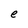
Character: e